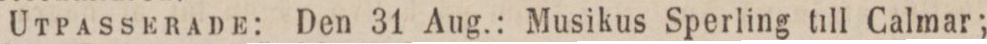
Utpasserade: Den 31 Aug.: Musikus Sperling till Calmar;